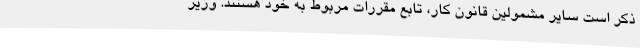
ذکر است سایر مشمولین قانون کار، تابع مقررات مربوط به خود هستند. وزیر